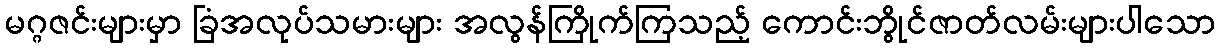
မဂ္ဂဇင်းများမှာ ခြံအလုပ်သမားများ အလွန်ကြိုက်ကြသည့် ကောင်းဘွိုင်ဇာတ်လမ်းများပါသော